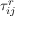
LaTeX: \tau _ { i j } ^ { r }